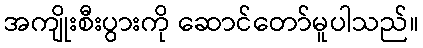
အကျိုးစီးပွားကို ဆောင်တော်မူပါသည်။